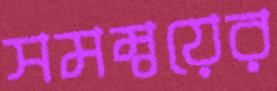
সমম্বয়ের